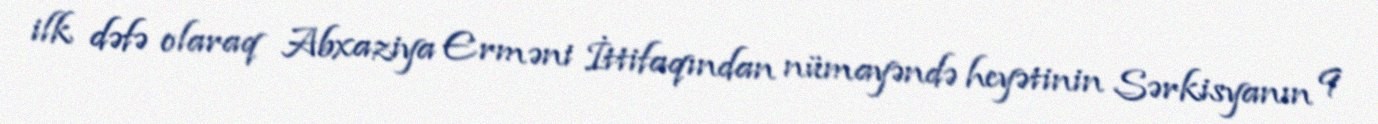
ilk dəfə olaraq Abxaziya Erməni İttifaqından nümayəndə heyətinin Sərkisyanın 9